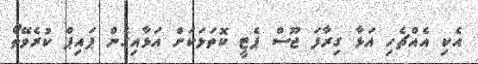
އެކި އެއްޗެހި އަޅާ ގިރާފަ ޖޫސް ޕެޓީ ކޮތަޅަކަށް އަޅާއިގެން ޕައިޕް ކުރެވޭތޯ